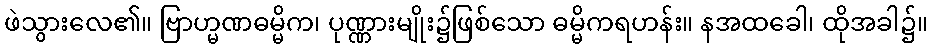
ဖဲသွားလေ၏။ ဗြာဟ္မဏဓမ္မိက၊ ပုဏ္ဏားမျိုး၌ဖြစ်သော ဓမ္မိကရဟန်း။ နအထခေါ၊ ထိုအခါ၌။